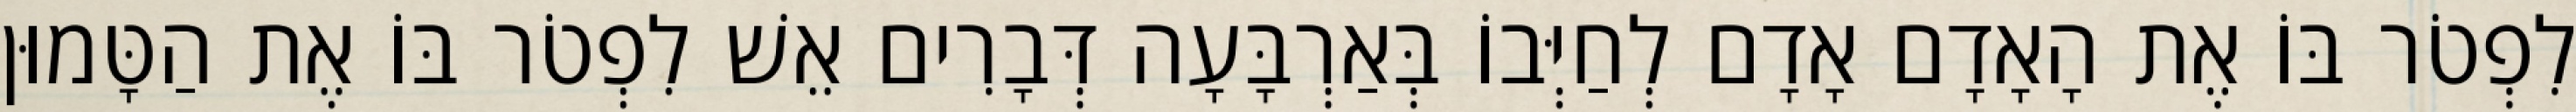
לִפְטֹר בּוֹ אֶת הָאָדָם אָדָם לְחַיְּבוֹ בְּאַרְבָּעָה דְּבָרִים אֵשׁ לִפְטֹר בּוֹ אֶת הַטָּמוּן